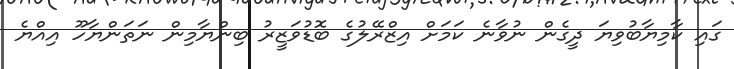
ގައި ކާމިޔާބުވިޔަ ދީގެން ނުވާނެ ކަމަށް އިޒްރޭލުގެ ބޮޑުވަޒީރު ބިންޔާމިން ނަތަންޔާހޫ އިއްޔެ